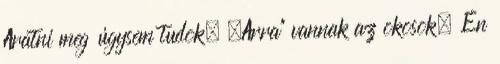
Aratni meg úgysem tudok. „Arra” vannak az okosok. Én